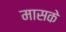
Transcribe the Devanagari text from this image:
मासके